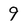
Character: 9